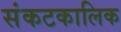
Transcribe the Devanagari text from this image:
संकटकालिक